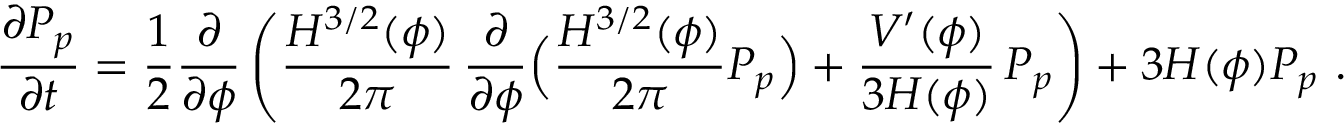
\frac { \partial P _ { p } } { \partial t } = \frac { 1 } { 2 } \frac { \partial } { \partial \phi } \left( \frac { H ^ { 3 / 2 } ( \phi ) } { 2 \pi } \, \frac { \partial } { \partial \phi } \Bigl ( \frac { H ^ { 3 / 2 } ( \phi ) } { 2 \pi } P _ { p } \Bigr ) + \frac { V ^ { \prime } ( \phi ) } { 3 H ( \phi ) } \, P _ { p } \right) + 3 H ( \phi ) P _ { p } \ .